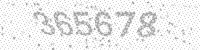
Solution: 365678